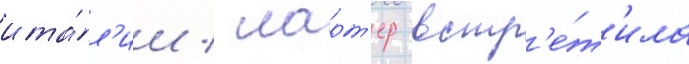
ита́л'ии / ларт'ер встр'е́т'ила